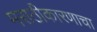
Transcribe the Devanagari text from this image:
मराठीकारणाचा